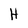
Character: H